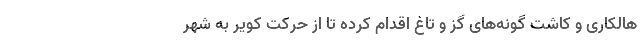
هالکاری و کاشت گونه‌های گز و تاغ اقدام کرده تا از حرکت کویر به شهر